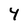
Character: 4